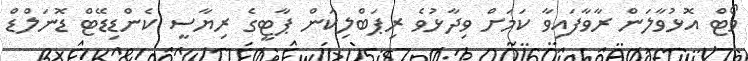
ވޯޓް އޮޅުވާލަން ރާވާފައިވާ ކަމަށް ވިދާޅުވެ ރިޕަބްލިކަން ޕާޓީގެ ރިޔާސީ ކެންޑިޑޭޓް ޑޮނަލްޑް